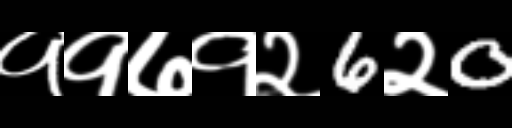
Text: ११७१२6२0